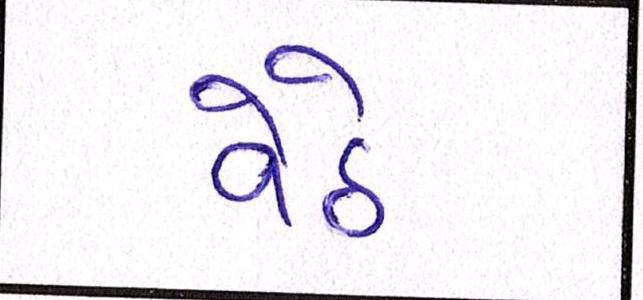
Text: વેઠે